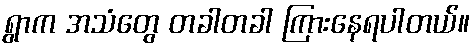
ရွာက အသံတွေ တခါတခါ ကြားနေရပါတယ်။